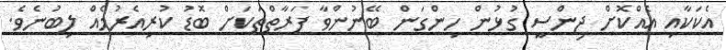
އެކަކާއި އެއްކޮށް ޖިންސީ ގުޅުން ހިންގަން ބޭނުންވާ ފަރާތްތަކަށް ބޮޑު ކުރިއެރުމެއް ލިބުނެވެ.